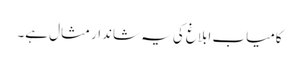
کامیاب ابلاغ کی یہ شاندار مثال ہے۔